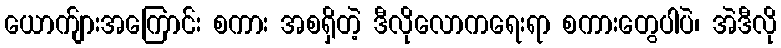
ယောက်ျားအကြောင်း စကား အစရှိတဲ့ ဒီလိုလောကရေးရာ စကားတွေပါပဲ၊ အဲဒီလို